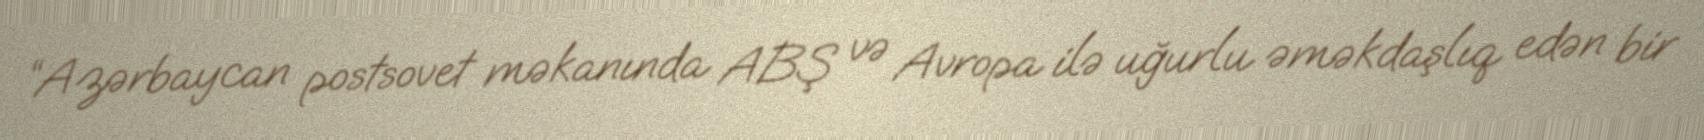
“Azərbaycan postsovet məkanında ABŞ və Avropa ilə uğurlu əməkdaşlıq edən bir